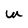
Character: W